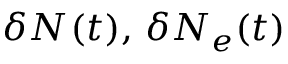
\delta N _ { } ( t ) , \, \delta N _ { e } ( t )